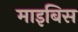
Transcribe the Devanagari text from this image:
माइबिस